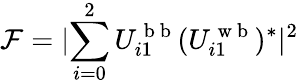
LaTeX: \mathcal{F}=\lvert\sum_{i=0}^{2}U_{i1}^{\mathrm{~b~b~}}(U_{i1}^{\mathrm{~w~b~}})^{*}\rvert^{2}